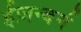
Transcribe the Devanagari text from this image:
ईज़न्बर्ग